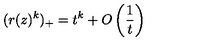
( r ( z ) ^ { k } ) _ { + } = t ^ { k } + O \left( \frac 1 t \right)